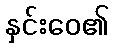
နှင်းဝေ၏